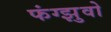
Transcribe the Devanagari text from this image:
फंग्झुवो